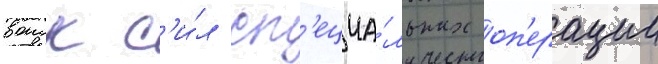
воиск с'и́л сп'ециа́льных оп'ерации